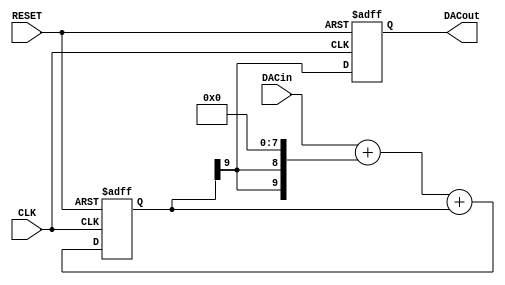
module sigma_delta_dac(
   output    reg             DACout,   //Average Output feeding analog lowpass
   input          [MSBI:0]    DACin,   //DAC input (excess 2**MSBI)
   input                  CLK,
   input                   RESET
);

parameter MSBI = 7;

reg [MSBI+2:0] DeltaAdder;   //Output of Delta Adder
reg [MSBI+2:0] SigmaAdder;   //Output of Sigma Adder
reg [MSBI+2:0] SigmaLatch;   //Latches output of Sigma Adder
reg [MSBI+2:0] DeltaB;      //B input of Delta Adder

always @ (*)
   DeltaB = {SigmaLatch[MSBI+2], SigmaLatch[MSBI+2]} << (MSBI+1);

always @(*)
   DeltaAdder = DACin + DeltaB;
   
always @(*)
   SigmaAdder = DeltaAdder + SigmaLatch;
   
always @(posedge CLK or posedge RESET)
   if(RESET) begin
      SigmaLatch <= 1'b1 << (MSBI+1);
      DACout <= 1'b0;
   end else begin
      SigmaLatch <= SigmaAdder;
      DACout <= SigmaLatch[MSBI+2];
   end
endmodule